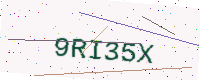
Text: 9RI35X